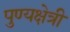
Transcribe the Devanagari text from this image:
पुण्यक्षेत्री